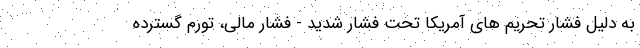
به دلیل فشار تحریم های آمریکا تحت فشار شدید - فشار مالی، تورم گسترده